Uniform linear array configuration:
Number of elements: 64
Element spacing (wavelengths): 1
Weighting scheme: cosine
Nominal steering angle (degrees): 45
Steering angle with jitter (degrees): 46.37
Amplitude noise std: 0.05
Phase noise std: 0.05

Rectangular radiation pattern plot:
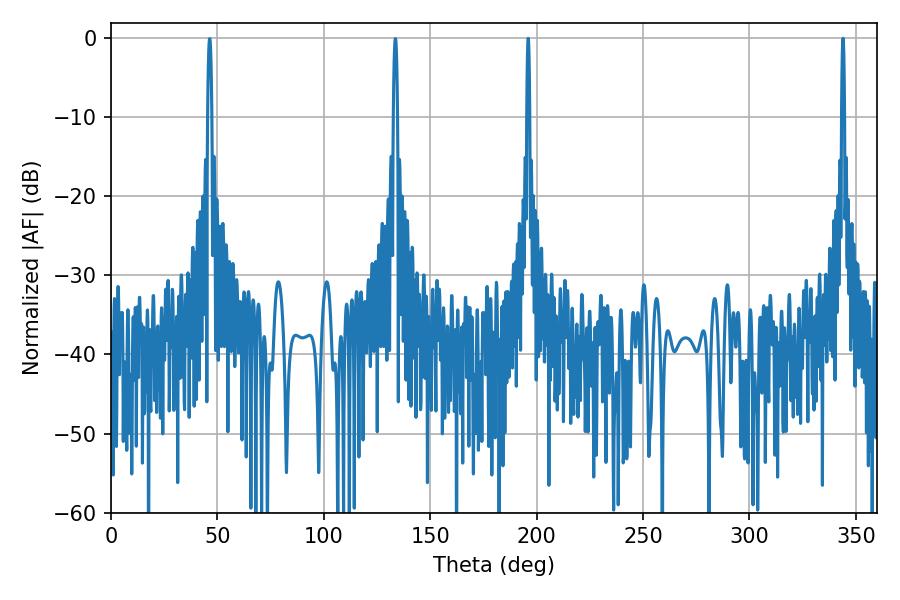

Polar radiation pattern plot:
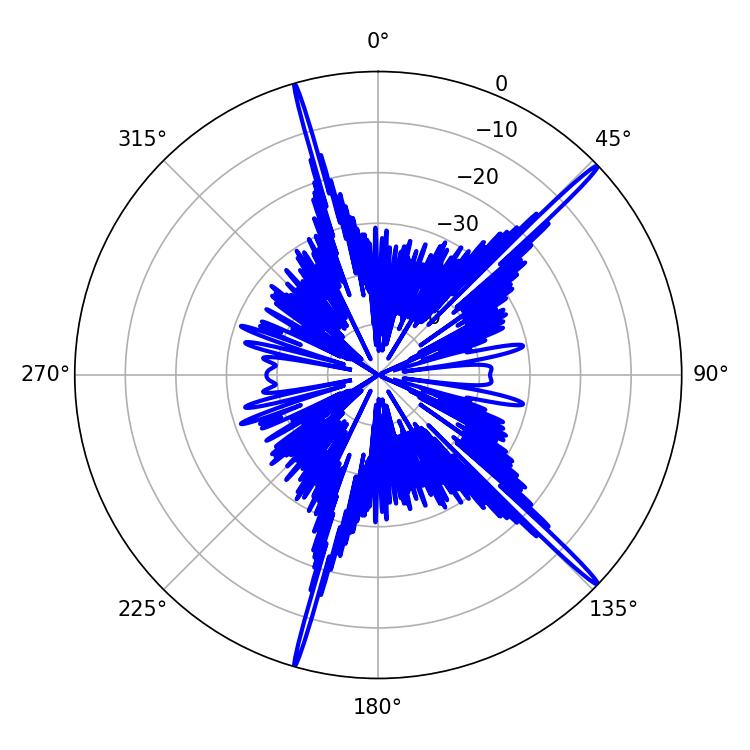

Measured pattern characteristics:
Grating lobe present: TRUE
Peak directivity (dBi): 19.228
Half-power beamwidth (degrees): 0.72
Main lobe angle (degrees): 196.02